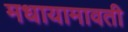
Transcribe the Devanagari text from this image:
मधायामावती